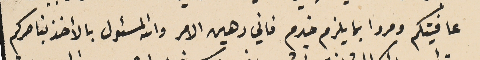
عافيتكم ومروا بما يلزم خدم فاني رهين الامر والله المسئول بالأخذ بناصركم